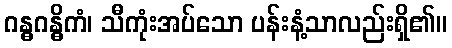
ဂန္ဓဂန္ဓိကံ၊ သီကုံးအပ်သော ပန်းနံ့သာလည်းရှိ၏။